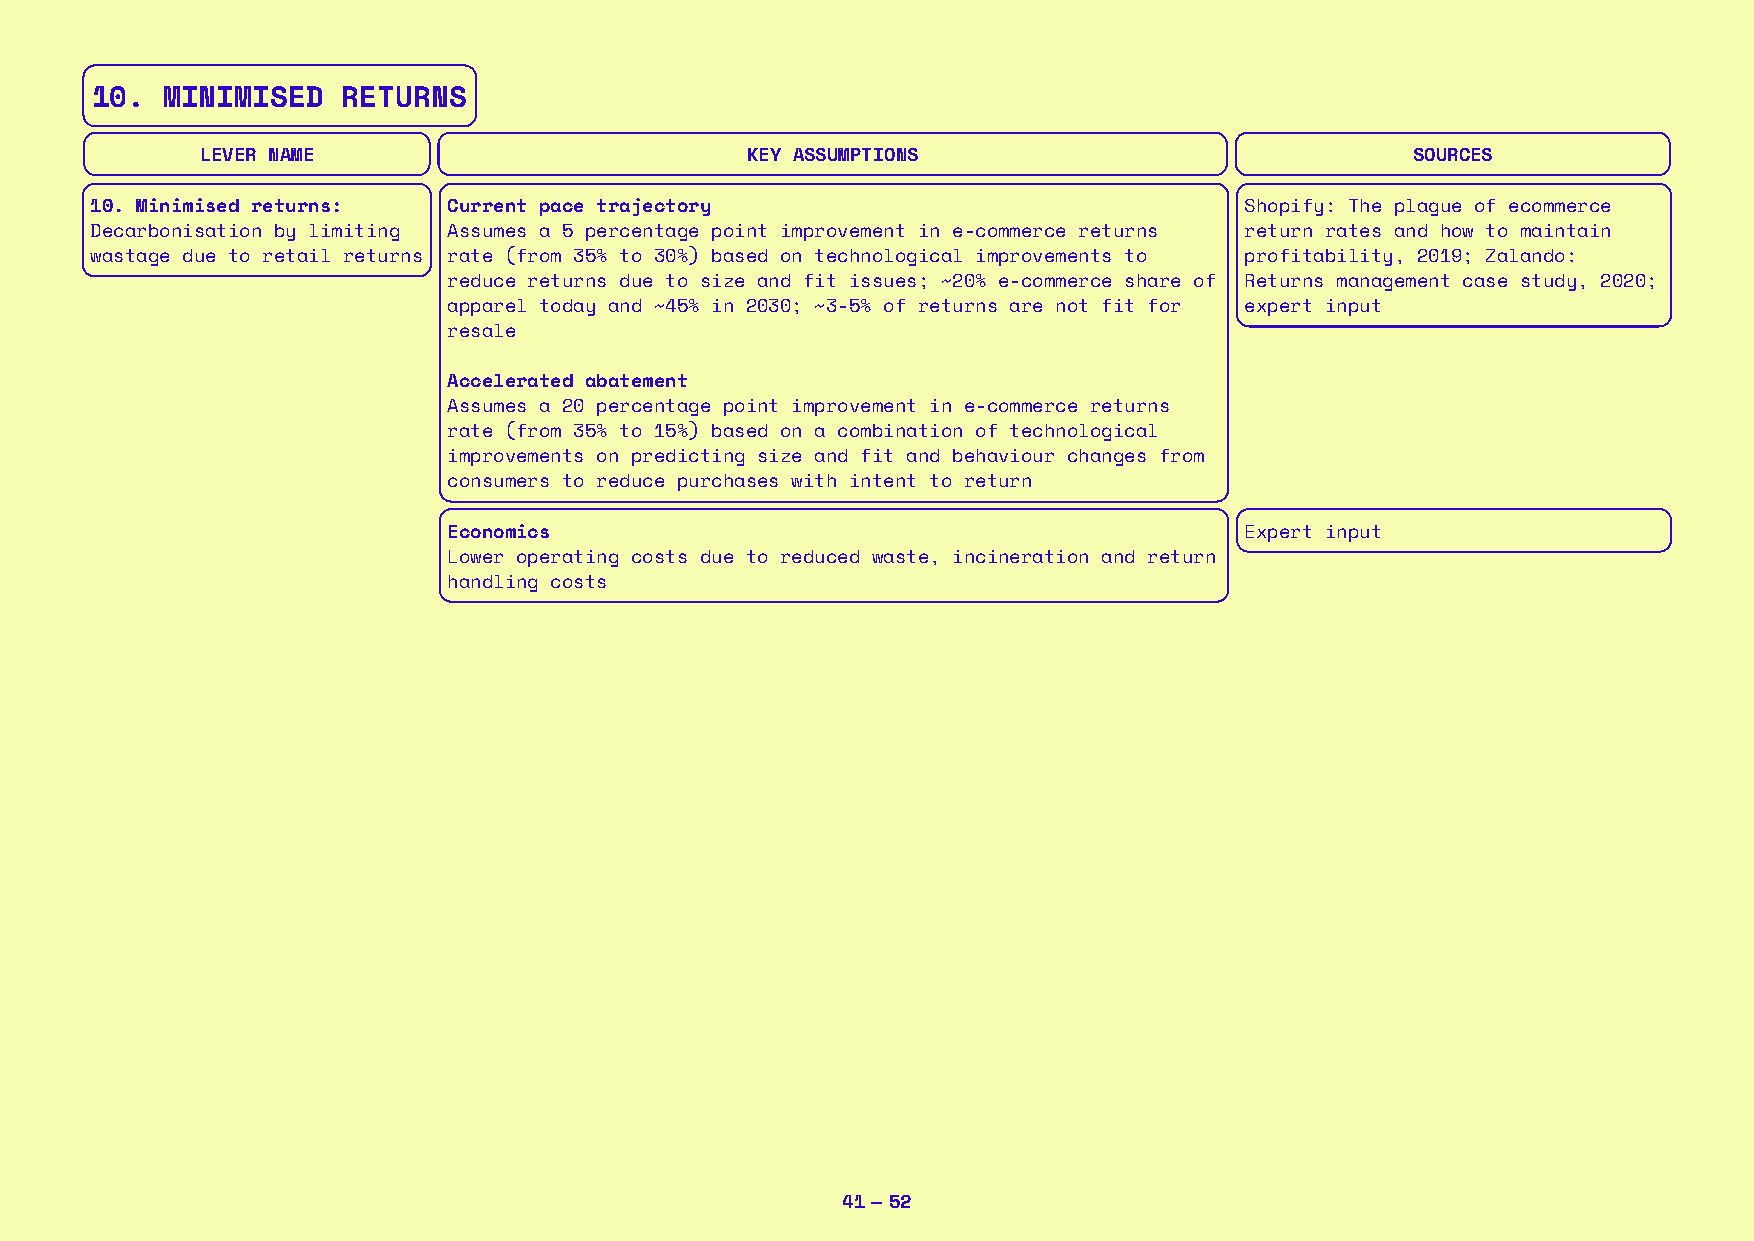
10.  MINIMISED   RETURNS
 LEVER NAME                          KEY ASSUMPTIONS                              SOURCES
 10. Minimised returns:  Current pace trajectory                             Shopify: The plague of ecommerce
 Decarbonisation by limiting Assumes a 5 percentage point improvement in e-commerce returns return rates and how to maintain
 wastage due to retail returns rate (from 35% to 30%) based on technological improvements to profitability, 2019; Zalando:
 reduce returns due to size and fit issues; ~20% e-commerce share of Returns management case study, 2020;
 apparel today and ~45% in 2030; ~3-5% of returns are not fit for expert input
 resale
 Accelerated abatement
 Assumes a 20 percentage point improvement in e-commerce returns
 rate (from 35% to 15%) based on a combination of technological
 improvements on predicting size and fit and behaviour changes from
 consumers to reduce purchases with intent to return
 Economics                                           Expert input
 Lower operating costs due to reduced waste, incineration and return
 handling costs
 41 — 52